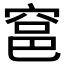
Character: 𰩎